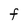
Character: F